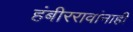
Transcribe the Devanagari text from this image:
हंबीररावांनाही